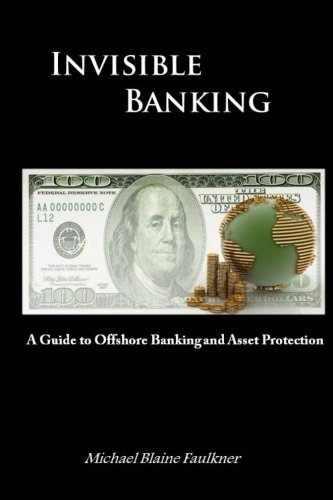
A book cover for Invisible Banking: A Guide to Protecting Your Wealth; Michael Faulkner; Business & Money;